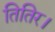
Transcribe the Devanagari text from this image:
तितिर।